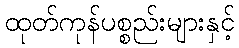
ထုတ်ကုန်ပစ္စည်းများနှင့်